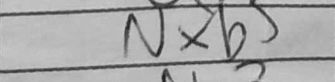
Transcription: Nxb5